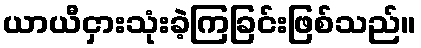
ယာယီငှားသုံးခဲ့ကြခြင်းဖြစ်သည်။